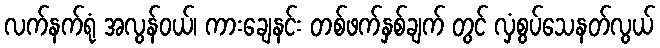
လက်နက်ရုံ အလွန်ဝယ်၊ ကားချေနင်း တစ်ဖက်နှစ်ချက် တွင် လှံစွပ်သေနတ်လွယ်